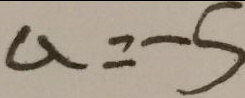
a = - 5